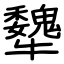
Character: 犩